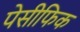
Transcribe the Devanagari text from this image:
पेसीफिक